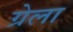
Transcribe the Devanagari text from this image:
ग्रेला